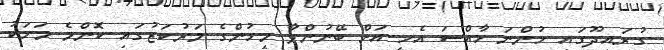
ގުރައިދޫގައި ހުންނަ ހާއްސަ އެހީ އަށް ބޭނުންވާ މީހުންގެ މަރުކަޒުގައި ކޮންމެ މަހަކު